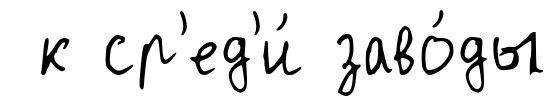
к ср'ед'и́ заво́ды